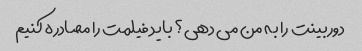
دوربینت را به من می دهی؟ باید فیلمت را مصادره کنیم